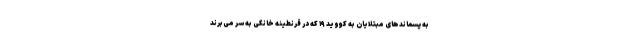
به پسماندهای مبتلایان به کووید ۱۹ که در قرنطینه خانگی به سر می‌برند